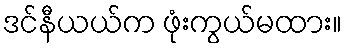
ဒင်နီယယ်က ဖုံးကွယ်မထား။